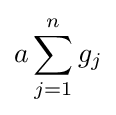
a\sum _{j=1}^{n}g_{j}